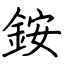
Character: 銨